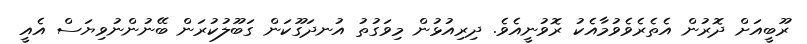
ރޫބީއަށް ދޮރުން އެތެރެވެވުމާއެކު ރޮވުނީއެވެ. ދިރިއުޅުން މިވަގުތު އުނދަގޫކަން ގަބޫލުކުރަން ބޭނުންނުވިޔަސް އެއީ